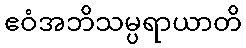
ဧဝံအဘိသမ္ပရာယာတိ